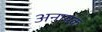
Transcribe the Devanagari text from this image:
अनायक